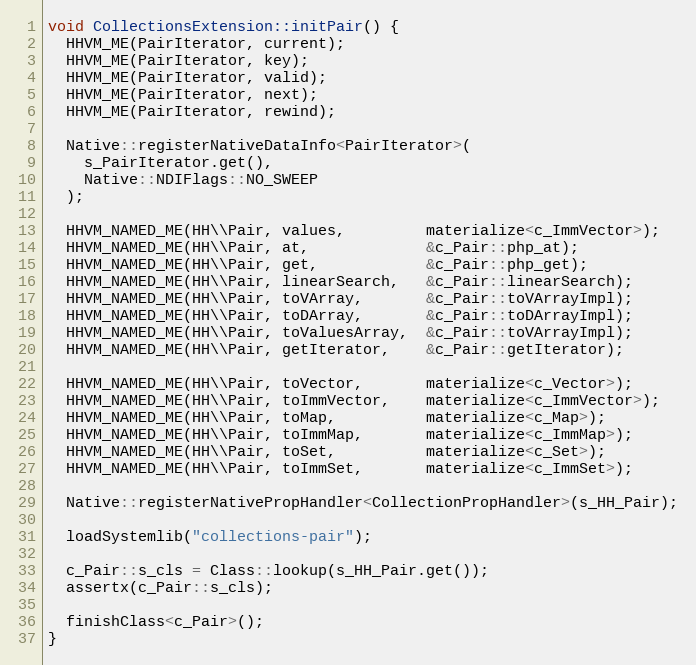
Language: C++
void CollectionsExtension::initPair() {
  HHVM_ME(PairIterator, current);
  HHVM_ME(PairIterator, key);
  HHVM_ME(PairIterator, valid);
  HHVM_ME(PairIterator, next);
  HHVM_ME(PairIterator, rewind);

  Native::registerNativeDataInfo<PairIterator>(
    s_PairIterator.get(),
    Native::NDIFlags::NO_SWEEP
  );

  HHVM_NAMED_ME(HH\\Pair, values,         materialize<c_ImmVector>);
  HHVM_NAMED_ME(HH\\Pair, at,             &c_Pair::php_at);
  HHVM_NAMED_ME(HH\\Pair, get,            &c_Pair::php_get);
  HHVM_NAMED_ME(HH\\Pair, linearSearch,   &c_Pair::linearSearch);
  HHVM_NAMED_ME(HH\\Pair, toVArray,       &c_Pair::toVArrayImpl);
  HHVM_NAMED_ME(HH\\Pair, toDArray,       &c_Pair::toDArrayImpl);
  HHVM_NAMED_ME(HH\\Pair, toValuesArray,  &c_Pair::toVArrayImpl);
  HHVM_NAMED_ME(HH\\Pair, getIterator,    &c_Pair::getIterator);

  HHVM_NAMED_ME(HH\\Pair, toVector,       materialize<c_Vector>);
  HHVM_NAMED_ME(HH\\Pair, toImmVector,    materialize<c_ImmVector>);
  HHVM_NAMED_ME(HH\\Pair, toMap,          materialize<c_Map>);
  HHVM_NAMED_ME(HH\\Pair, toImmMap,       materialize<c_ImmMap>);
  HHVM_NAMED_ME(HH\\Pair, toSet,          materialize<c_Set>);
  HHVM_NAMED_ME(HH\\Pair, toImmSet,       materialize<c_ImmSet>);

  Native::registerNativePropHandler<CollectionPropHandler>(s_HH_Pair);

  loadSystemlib("collections-pair");

  c_Pair::s_cls = Class::lookup(s_HH_Pair.get());
  assertx(c_Pair::s_cls);

  finishClass<c_Pair>();
}